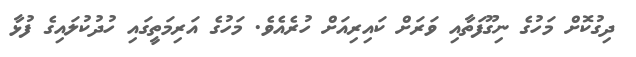
ދިގުކޮށް މަހުގެ ނިގޫފަތާއި ވަރަށް ކައިރިއަށް ހުރެއެވެ. މަހުގެ އަރިމަތީގައި ހުދުކުލައިގެ ފުޅާ